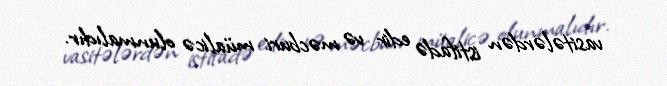
vasitələrdən istifadə edir və məcburi müalicə olunmalıdır.